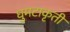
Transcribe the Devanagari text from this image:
घुमटाकृती